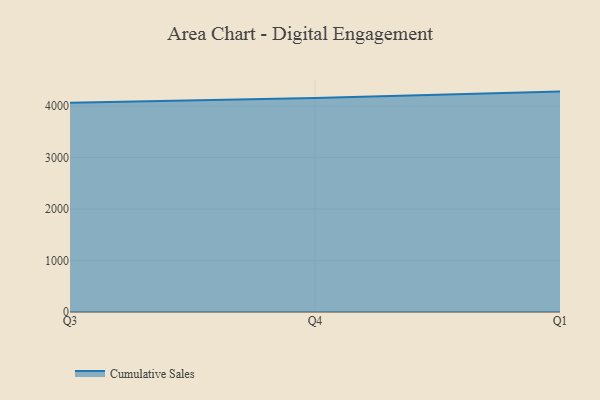
{"axis": {"x": "Quarter", "y": "Shipments"}, "legend": ["Cumulative Sales"], "data": [{"x": "Q3", "y": 4067.1, "type": "Cumulative Sales"}, {"x": "Q4", "y": 4157.6, "type": "Cumulative Sales"}, {"x": "Q1", "y": 4282.8, "type": "Cumulative Sales"}]}